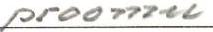
proomu